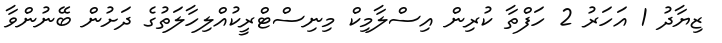
ޒިޔާދު 1 އަހަރު 2 ހަފްތާ ކުރިން އިސްލާމިކް މިނިސްޓްރީކުއްލިހާލަތުގެ ދަށުން ބޭނުންވާ